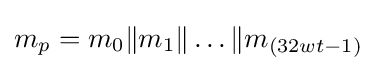
m_{p}=m_{0}\|m_{1}\|\ldots \|m_{(32wt-1)}